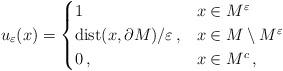
LaTeX: \begin{align*}u_\varepsilon(x) = \begin{cases} 1\,&x\in M^\varepsilon\\\mathrm{dist}(x,\partial M)/\varepsilon\,,&x\in M\setminus M^\varepsilon\\0\,,&x\in M^c\,,\end{cases}\end{align*}